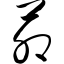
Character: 茆